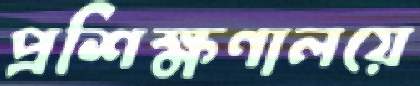
প্রশিক্ষণালয়ে